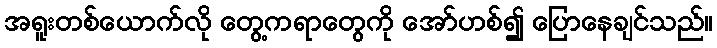
အရူးတစ်ယောက်လို တွေ့ကရာတွေကို အော်ဟစ်၍ ပြောနေချင်သည်။